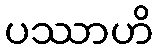
ပဿာဟိ